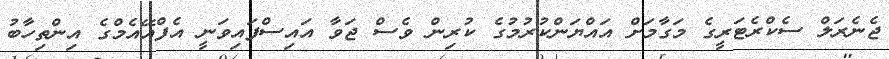
ޖެނެރަލް ސެކްރެޓަރީގެ މަގާމަށް އައްޔަންކުރުމުގެ ކުރިން ވެސް ޖަވާ އައިސްފައިވަނީ އެފްއޭއެމްގެ އިންތިހާބު